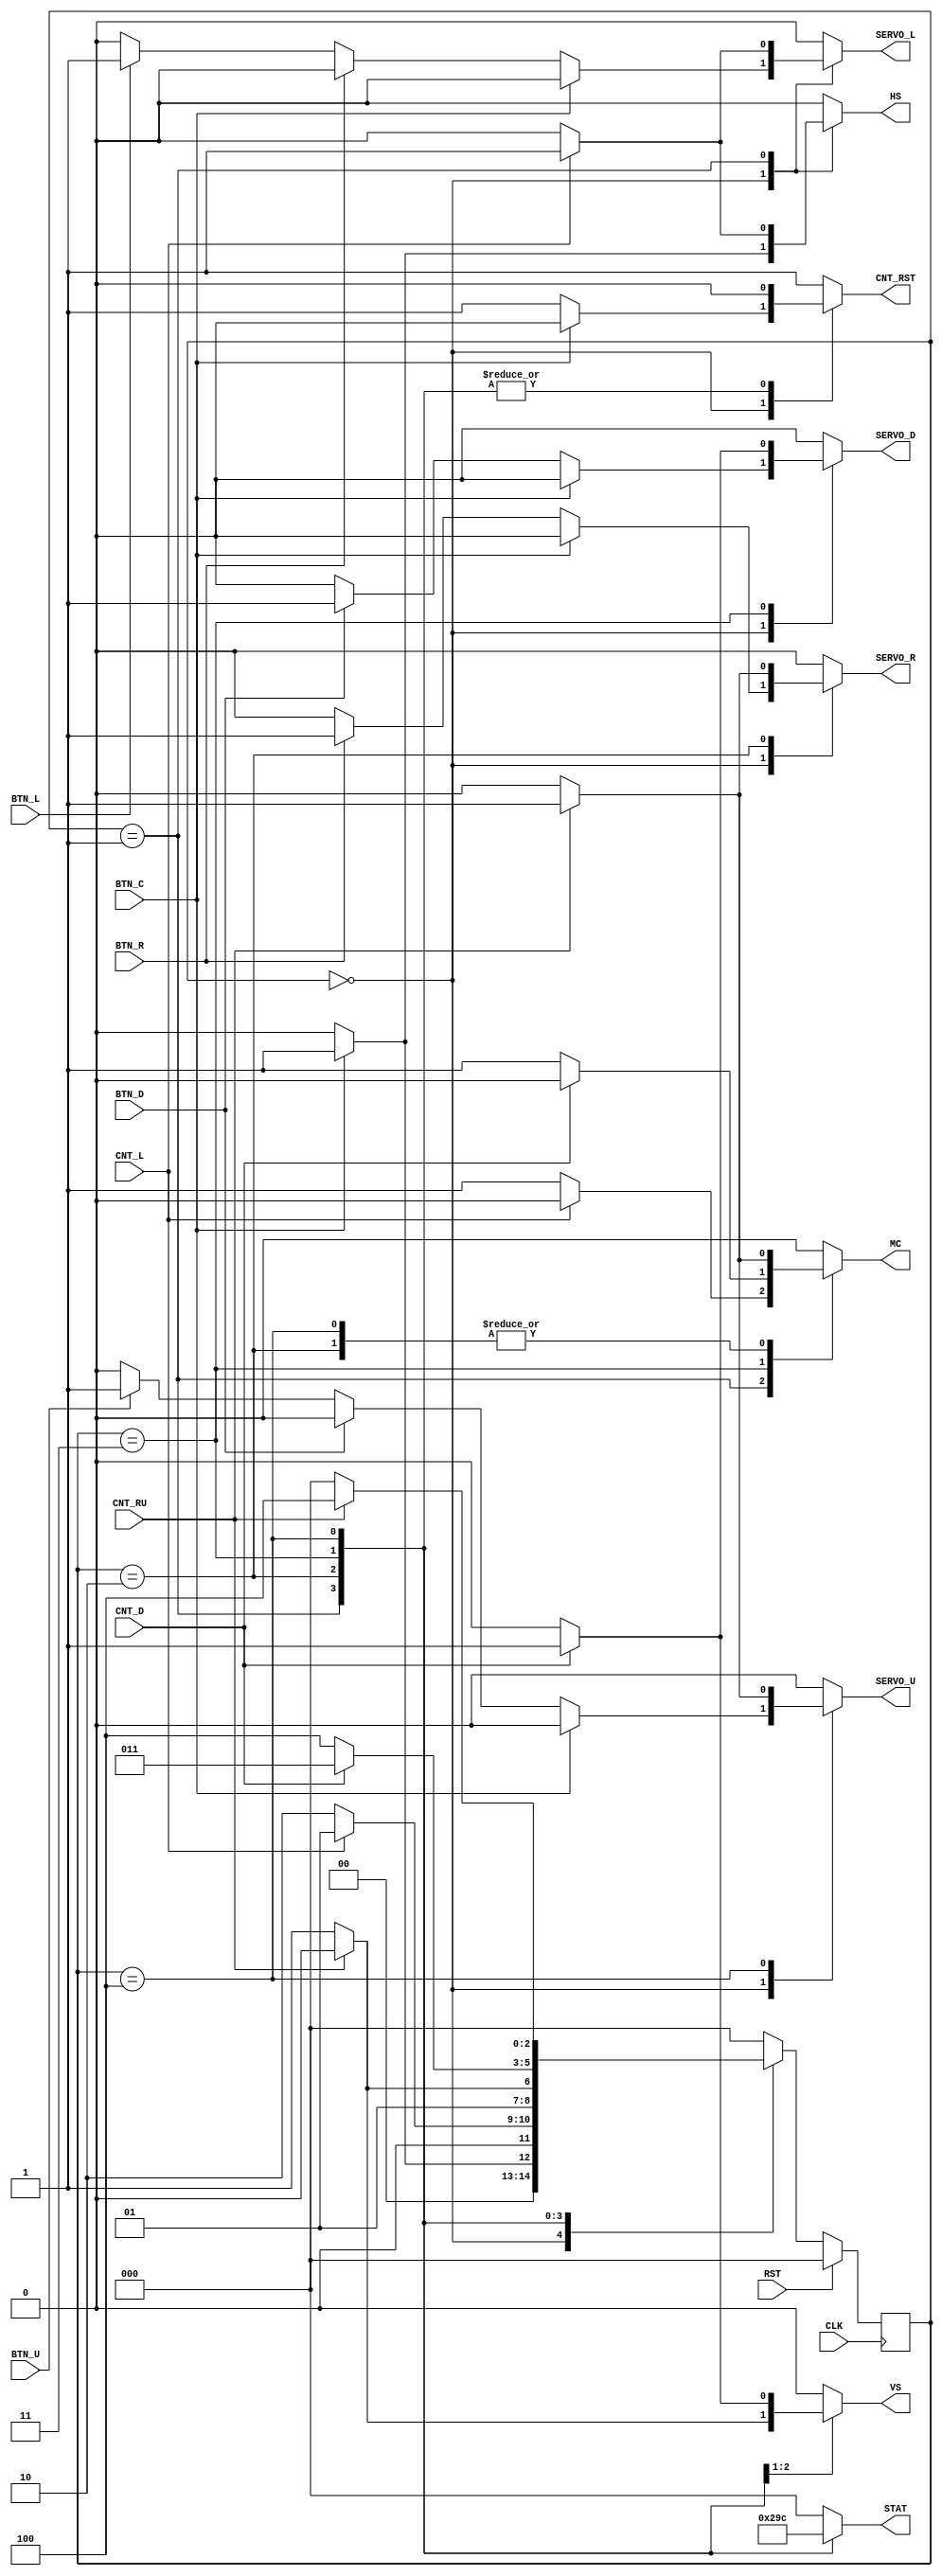
//--------------------------------------------------------------------------------
// Module Name: FSM
// Project Name: Solar Tracker
// Target Devices: xc7a35ticsg324-1L (Arty A7) 
// Description:  5 states: - manual (user controls the movement with buttons)
//                         - horizontal sweep (device sweeps left searching for
//                           maximum)
//                         - horizontal max (device sweeps to the maximum
//                           irradiance position)
//                         - vertical sweep (device sweeps down searching
//                           for maximum)
//                         - vertical max (device sweeps up to the maximum
//                           irradiance position)
// 
// Dependencies:
// 
// Additional Comments:
//
//--------------------------------------------------------------------------------

`timescale 1 ns / 100 ps

module FSM(

   input wire CLK, // clock signal
   input wire RST, // reset signal

   // Input button definition
   input wire BTN_L,
   input wire BTN_R,
   input wire BTN_U,
   input wire BTN_D,

   // Mode switch
   input wire BTN_C, // Calibration mode switch

   // Counter for limiting sweep 
   input wire CNT_L,  // Counter left
   input wire CNT_D,  // Counter down
   input wire CNT_RU, // Counter right up 


   // Enable sweep signals
   output reg HS, // Horizontal sweep
   output reg VS, // Vertical sweep
   output reg MC, // Max counter


   // Direction driver signals
   output reg SERVO_L, // left sweep
   output reg SERVO_R, // right sweep
   output reg SERVO_U, // up sweep
   output reg SERVO_D, // down sweep

   // FSM state
   output reg [2:0] STAT, // possible states of FSM

   // Reset for maximum signals
   output reg CNT_RST
);


// Defining states
parameter [2:0]
   man = 3'd0,
   hor_sweep = 3'd1,
   hor_max = 3'd2,
   vert_sweep = 3'd3,
   vert_max = 3'd4;


// State transition variables
reg [2:0] PS = man;  // Present State
reg [2:0] NS;  // Next state


// Transition sequential block
always @(posedge CLK) begin
   if (RST == 1'b1) begin
      PS <= man;
   end
   else begin
      PS <= NS;
   end
end

// Main sequential block
always @(PS, BTN_L, BTN_R, BTN_U, BTN_D, BTN_C, CNT_L, CNT_RU, CNT_D) begin

   SERVO_L <= 1'b0;
   SERVO_R <= 1'b0;
   SERVO_U <= 1'b0;
   SERVO_D <= 1'b0;

   case(PS)

      // Manual mode
      man : begin

         STAT <= man;

         if((BTN_C == 1'b1)) begin
            // Go into the first calibration state if the center button is pressed
            NS <= hor_sweep;
            CNT_RST <= 1'b0;
            HS <= 1'b1; // The horizontal counter start counting up 
            VS <= 1'b0;
            MC <= 1'b0;
         end

         else begin

            // Manual management of the servos
            // Left
            if((BTN_L == 1'b1)) begin
               SERVO_L <= 1'b1;
               SERVO_R <= 1'b0;
            end
            else begin
               SERVO_L <= 1'b0;
            end

            // Right
            if((BTN_R == 1'b1)) begin
               SERVO_R <= 1'b1;
               SERVO_L <= 1'b0;
            end
            else begin
               SERVO_R <= 1'b0;
            end

            // Up
            if((BTN_U == 1'b1)) begin
               SERVO_U <= 1'b1;
               SERVO_D <= 1'b0;
            end
            else begin
               SERVO_U <= 1'b0;
            end

            // Down
            if((BTN_D == 1'b1)) begin
               SERVO_D <= 1'b1;
               SERVO_U <= 1'b0;
            end
            else begin
               SERVO_D <= 1'b0;
            end

            NS <= man; // remains in manual state
            CNT_RST <= 1'b1; // keeps the max counter reset
            HS <= 1'b0; // all the other counters remain low
            VS <= 1'b0;
            MC <= 1'b0;
         end
      end

      // Horizontal Sweep Mode 
      hor_sweep : begin

         STAT <= hor_sweep ;

         SERVO_U <= 1'b0;
         SERVO_D <= 1'b0;
         CNT_RST <= 1'b0;

         if((CNT_L == 1'b1)) begin
            SERVO_L <= 1'b1;
            SERVO_R <= 1'b0;
            HS <= 1'b1;
            VS <= 1'b0;
            MC <= 1'b0;
            NS <= hor_sweep;
         end
         else begin
            SERVO_L <= 1'b0;
            SERVO_R <= 1'b0;
            NS <= hor_max; // triggers horizontal max state
            HS <= 1'b0;
            VS <= 1'b0;
            MC <= 1'b1;
         end
      end

      // Horizontal Max State Mode
      hor_max : begin

         STAT <= hor_max;

         SERVO_U <= 1'b0;
         SERVO_D <= 1'b0;
         CNT_RST <= 1'b0;

         if((CNT_RU == 1'b1)) begin
            SERVO_R <= 1'b1;
            SERVO_L <= 1'b0;
            HS <= 1'b0;
            VS <= 1'b0;
            MC <= 1'b1;
            NS <= hor_max;
         end
         else begin
            SERVO_R <= 1'b0;
            SERVO_L <= 1'b0;
            NS <= vert_sweep; // Triggers veritcal search
            MC <= 1'b0;
            VS <= 1'b1;
            HS <= 1'b0;
         end
      end

      // Veritcal Sweep Mode
      vert_sweep : begin

         STAT <= vert_sweep;

         SERVO_L <= 1'b0;
         SERVO_R <= 1'b0;
         CNT_RST <= 1'b0;

         if((CNT_D == 1'b1)) begin
            SERVO_D <= 1'b1;
            SERVO_U <= 1'b0;
            NS <= vert_sweep;
            HS <= 1'b0;
            VS <= 1'b1;
            MC <= 1'b0;
         end
         else begin
            SERVO_D <= 1'b0;
            SERVO_U <= 1'b0;
            NS <= vert_max; // Go to maximum vertical voltage
            HS <= 1'b0;
            VS <= 1'b0;
            MC <= 1'b1;
         end
      end

      // Vertical Max State Mode
      vert_max : begin

         STAT <= vert_max;

         SERVO_L <= 1'b0;
         SERVO_R <= 1'b0;
         CNT_RST <= 1'b0;

         if((CNT_RU == 1'b1)) begin
            SERVO_U <= 1'b1;
            SERVO_D <= 1'b0;
            NS <= vert_max;
            HS <= 1'b0;
            VS <= 1'b0;
            MC <= 1'b1;
         end
         else begin
            SERVO_U <= 1'b0;
            SERVO_D <= 1'b0;
            NS <= man; // Returns to Manual Mode
            HS <= 1'b0;
            VS <= 1'b0;
            MC <= 1'b0;
         end
      end

      // Default Mode
      default : begin

         NS <= man;
         
         SERVO_L <= 1'b0;
         SERVO_R <= 1'b0;
         SERVO_U <= 1'b0;
         SERVO_D <= 1'b0;
         CNT_RST <= 1'b1;
         HS <= 1'b0;
         VS <= 1'b0;
         MC <= 1'b0;

         STAT <= 3'b000;
      end

   endcase

end

endmodule